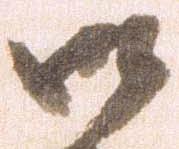
御